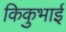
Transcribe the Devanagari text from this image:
किकुभाई